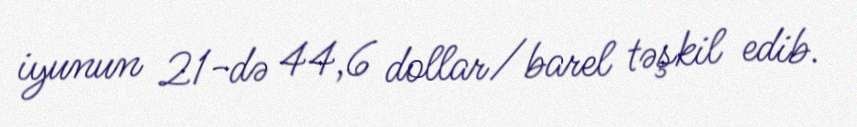
iyunun 21-də 44,6 dollar/barel təşkil edib.